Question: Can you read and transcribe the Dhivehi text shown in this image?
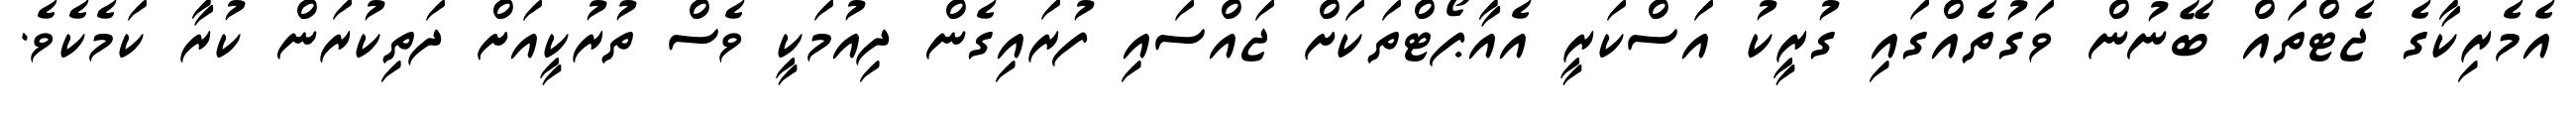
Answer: އެމެރިކާގެ ޖެޓްތައް ބޭނުން ވަގުތެއްގައި ގުރީކު އަސްކަރީ އެއާޕޯޓްތަކަށް ޖައްސައި ފުރައިގެން ދިއުމަކީ ވެސް ތުރުކީއަށް ދަތިކުރަން ކުރާ ކަމެކެވެ.